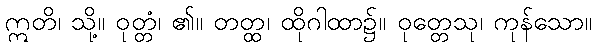
ဣတိ၊ သို့။ ဝုတ္တံ၊ ၏။ တတ္ထ၊ ထိုဂါထာ၌။ ဝုတ္တေသု၊ ကုန်သော။